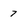
Character: 7